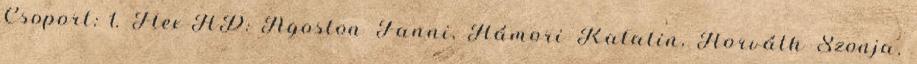
Csoport: 1. Flex-HD: Ágoston Fanni, Hámori Katalin, Horváth Szonja,